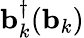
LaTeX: \mathbf{b}_{k}^{\dagger}(\mathbf{b}_{k})